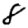
Digit: 8